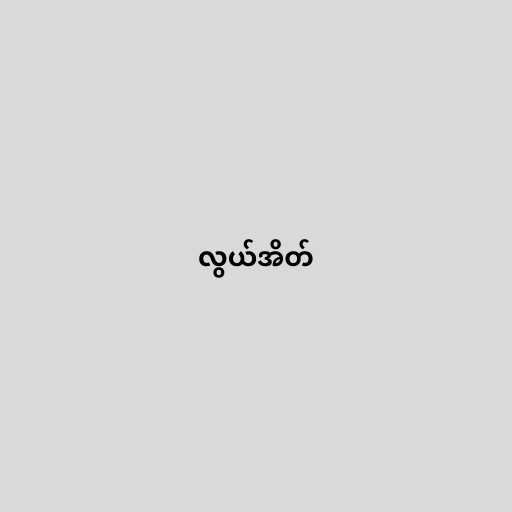
လွယ်အိတ်